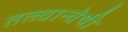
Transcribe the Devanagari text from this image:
तत्त्वान्वेषी